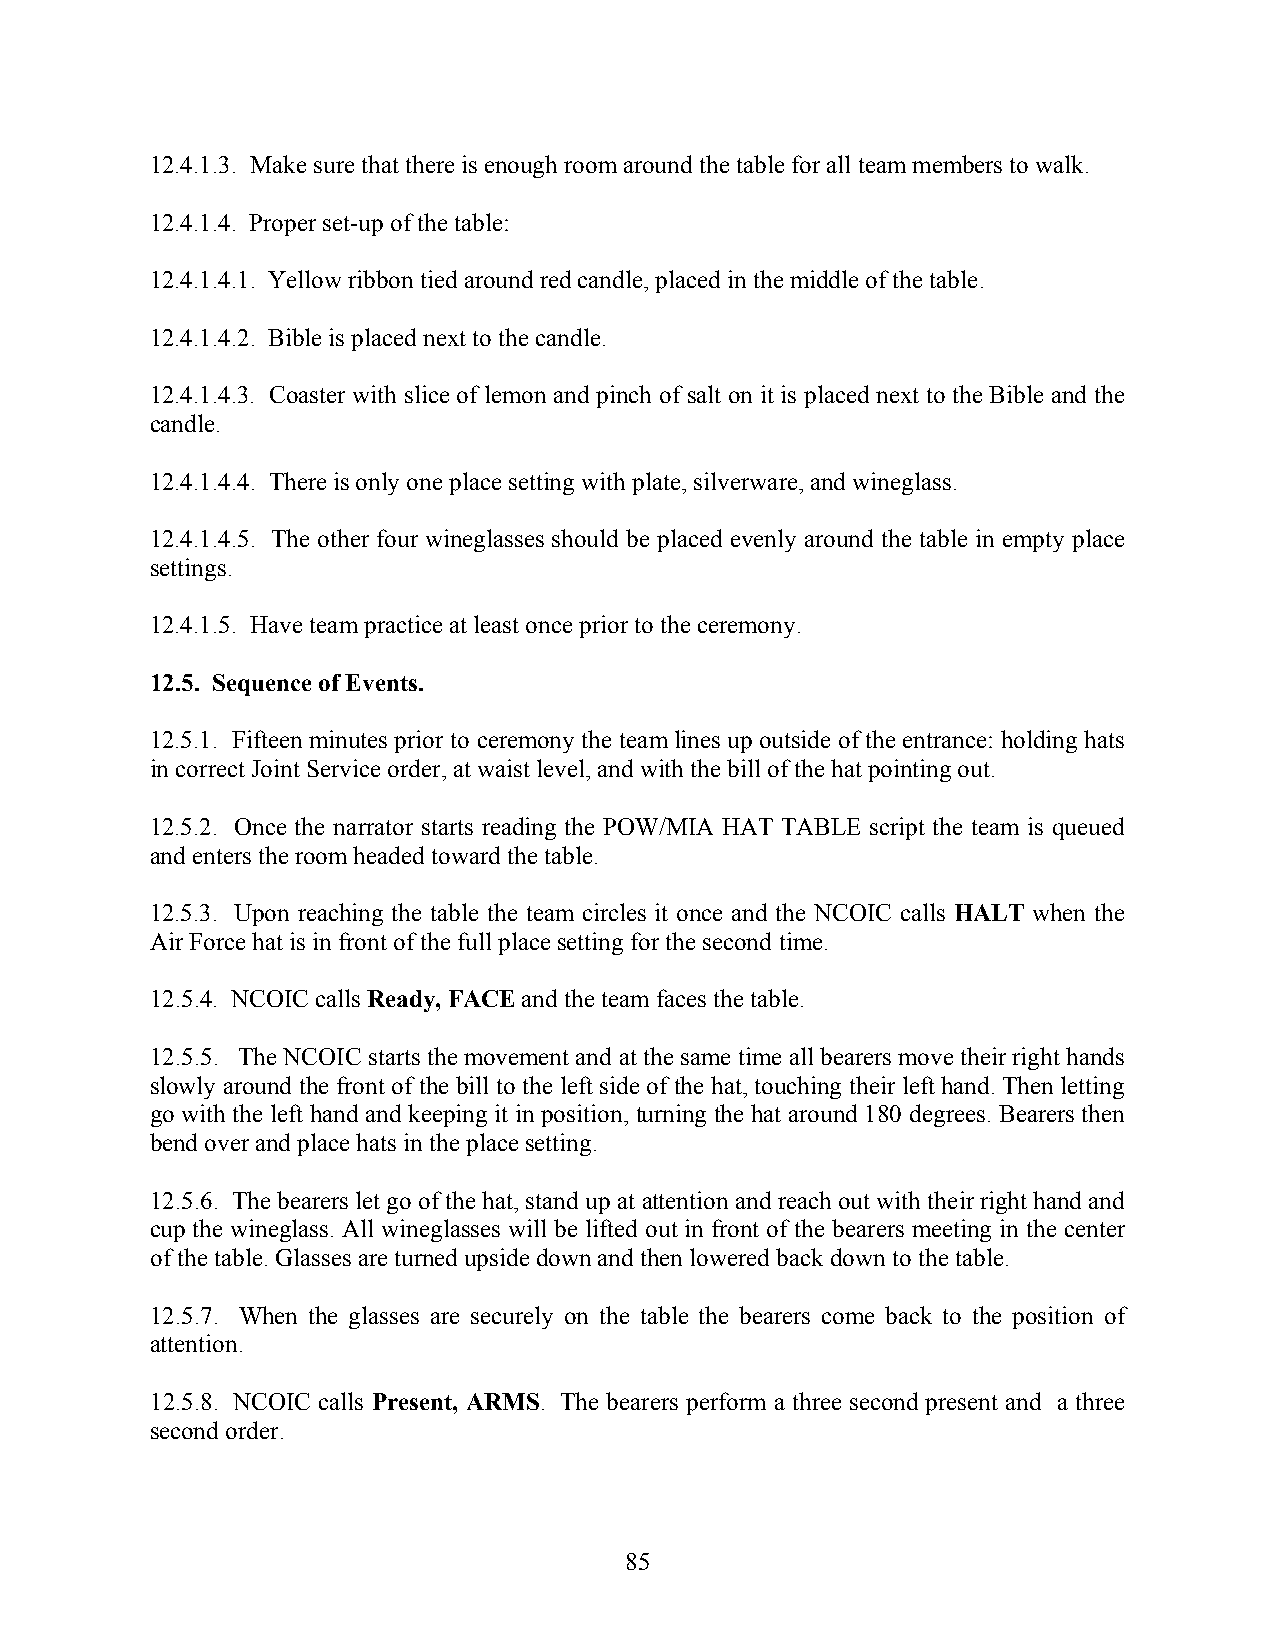
12.4.1.3. Make sure that there is enough room around the table for all team members to walk.
 12.4.1.4. Proper set-up of the table:
 12.4.1.4.1. Yellow ribbon tied around red candle, placed in the middle of the table.
 12.4.1.4.2. Bible is placed next to the candle.
 12.4.1.4.3. Coaster with slice of lemon and pinch of salt on it is placed next to the Bible and the
 candle.
 12.4.1.4.4. There is only one place setting with plate, silverware, and wineglass.
 12.4.1.4.5. The other four wineglasses should be placed evenly around the table in empty place
 settings.
 12.4.1.5. Have team practice at least once prior to the ceremony.
 12.5. Sequence of Events.
 12.5.1. Fifteen minutes prior to ceremony the team lines up outside of the entrance: holding hats
 in correct Joint Service order, at waist level, and with the bill of the hat pointing out.
 12.5.2. Once the narrator starts reading the POW/MIA HAT TABLE script the team is queued
 and enters the room headed toward the table.
 12.5.3. Upon reaching the table the team circles it once and the NCOIC calls HALT when the
 Air Force hat is in front of the full place setting for the second time.
 12.5.4. NCOIC calls Ready, FACE and the team faces the table.
 12.5.5. The NCOIC starts the movement and at the same time all bearers move their right hands
 slowly around the front of the bill to the left side of the hat, touching their left hand. Then letting
 go with the left hand and keeping it in position, turning the hat around 180 degrees. Bearers then
 bend over and place hats in the place setting.
 12.5.6. The bearers let go of the hat, stand up at attention and reach out with their right hand and
 cup the wineglass. All wineglasses will be lifted out in front of the bearers meeting in the center
 of the table. Glasses are turned upside down and then lowered back down to the table.
 12.5.7. When the glasses are securely on the table the bearers come back to the position of
 attention.
 12.5.8. NCOIC calls Present, ARMS. The bearers perform a three second present and a three
 second order.
 85